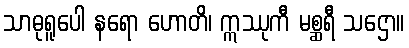
သာဓုရူပေါ နရော ဟောတိ၊ ဣဿုကီ မစ္ဆရီ သဌော။